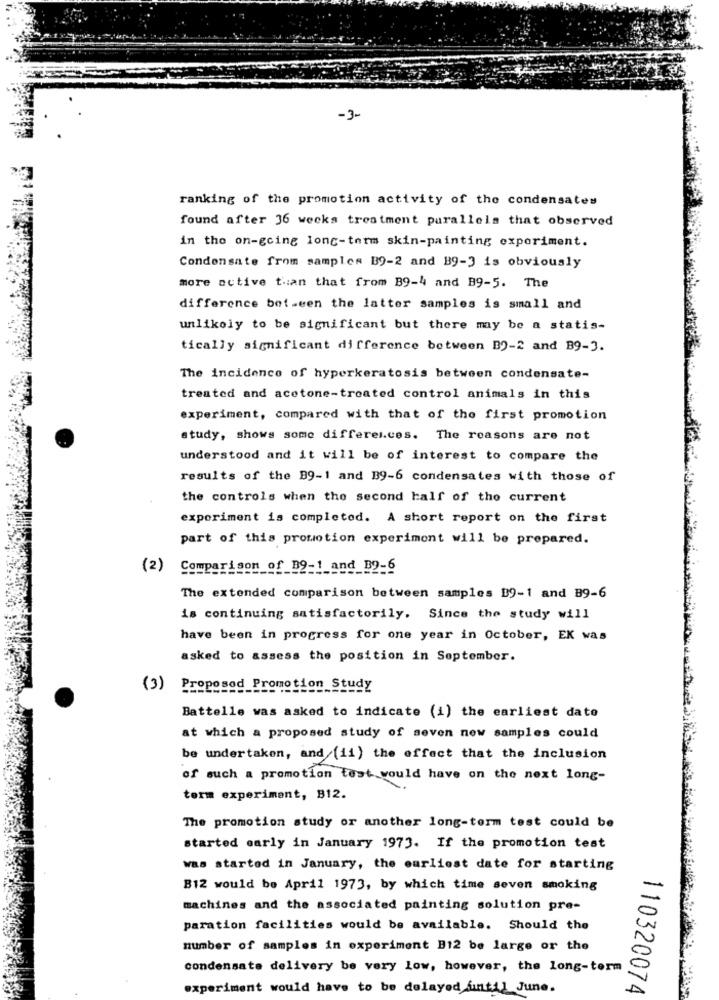
-3-
ranking of the promotion activity of the condensates
found after 36 weeks treatment parallels that observed
in the on-going long-term skin-painting experiment.
Condensate from samples B9-2 and B9-3 is obviously
more active than that from B9-4 and B9-5. The
difference between the latter samples is small and
unlikely to be significant but there may be a statis-
tically significant difference between BO-2 and B9-3.
The incidence of hyperkeratosis between condensate-
treated and acetone-treated control animals in this
experiment, compared with that of the first promotion
study, shows some differences. The reasons are not
understood and it will be of interest to compare the
results of the B9-1 and B9-6 condensates with those of
the controls when the second half of the current
experiment is completed. A short report on the first
part of this promotion experiment will be prepared.
(2)
Comparison_of_B9-1_and_B9-6
The extended comparison between samples B9-1 and B9-6
is continuing satisfactorily. Since the study will
have been in progress for one year in October, EK was
asked to assess the position in September.
(3)
posed Promotion Study
Battelle was asked to indicate (i) the earliest date
at which a proposed study of seven new samples could
be undertaken, and (ii) the effect that the inclusion
of such a promotion test would have on the next long-
term experiment, B12.
The promotion study or another long-term test could be
started early in January 1973. If the promotion test
was started in January, the earliest date for starting
B12 would be April 1973, by which time seven smoking
machines and the associated painting solution pre-
paration facilities would be available. Should the
number of samples in experiment B12 be large or the
condensate delivery be very low, however, the long-term
experiment would have to be delayed until June.
110320074